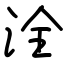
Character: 洤